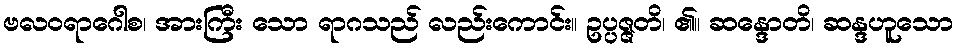
ဗလဝရာဂေါစ၊ အားကြီး သော ရာဂသည် လည်းကောင်း။ ဥပ္ပဇ္ဇတိ၊ ၏။ ဆန္ဒောတိ၊ ဆန္ဒဟူသော